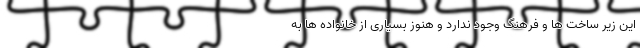
این زیر ساخت ها و فرهنگ وجود ندارد و هنوز بسیاری از خانواده ها به